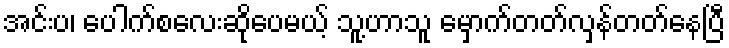
အင်းပ၊ ပေါက်စလေးဆိုပေမယ့် သူ့ဟာသူ မှောက်တတ်လှန်တတ်နေပြီ